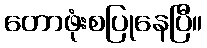
တောဖုံးစပြုနေပြီ။